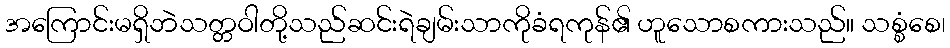
အကြောင်းမရှိဘဲသတ္တဝါတို့သည်ဆင်းရဲချမ်းသာကိုခံရကုန်၏ ဟူသောစကားသည်။ သစ္စံစေ၊